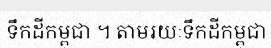
ទឹកដីកម្ពុជា ។ តាមរយៈទឹកដីកម្ពុជា